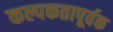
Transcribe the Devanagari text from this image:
कल्पकतापूर्वक